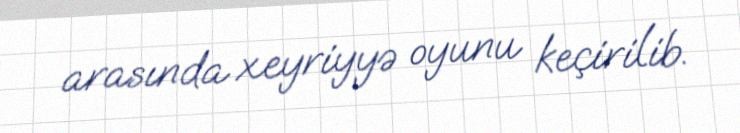
arasında xeyriyyə oyunu keçirilib.